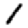
Digit: 1